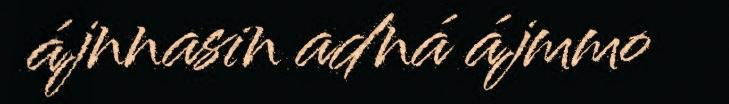
ájnnasin adná ájmmo